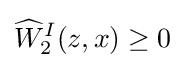
{\widehat {W}}_{2}^{I}(z,x)\geq 0